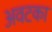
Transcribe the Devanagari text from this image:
अवटका